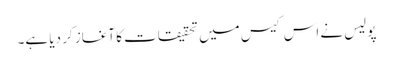
پولیس نے اس کیس میں تحقیقات کا آغاز کر دیا ہے۔